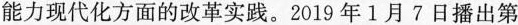
能力现代化方面的改革实践。2019年1月7日播出第